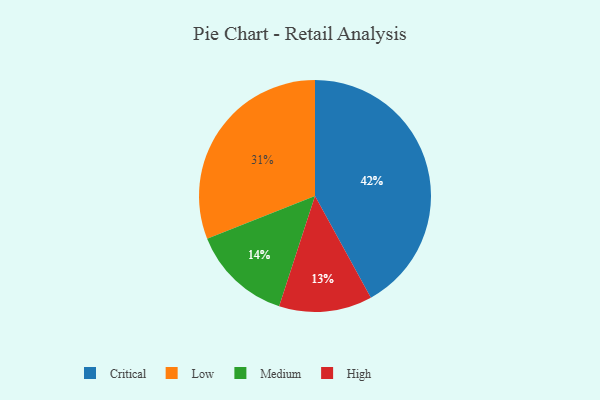
{"axis": {"x": "Category", "y": "Percentage"}, "legend": ["Critical", "High", "Low", "Medium"], "data": [{"x": "High", "y": 13, "type": "High"}, {"x": "Low", "y": 31, "type": "Low"}, {"x": "Medium", "y": 14, "type": "Medium"}, {"x": "Critical", "y": 42, "type": "Critical"}]}